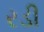
રડી